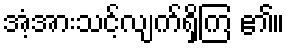
အံ့အားသင့်လျက်ရှိကြ ၏။